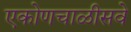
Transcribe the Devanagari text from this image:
एकोणचाळीसवे